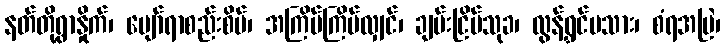
နတ်တို့ရွာနှိုက်၊ ပျော်ရာစည်းစိမ်၊ အကြိမ်ကြိမ်လျှင်၊ ချမ်းငြိမ်သုခ၊ လွန်ရွှင်ပသား၊ စံရအမြဲ၊